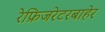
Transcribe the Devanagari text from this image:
रेफ्रिजरेटरबाहेर